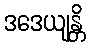
ဒဒေယျန္တိ